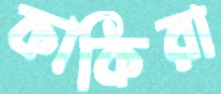
কাকিরা